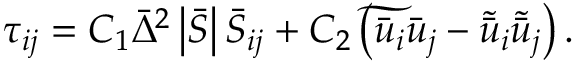
{ \tau _ { i j } } = { C _ { 1 } } { \bar { \Delta } ^ { 2 } } \left| { \bar { S } } \right| { \bar { S } _ { i j } } + { C _ { 2 } } \left( { \widetilde { { { \bar { u } } _ { i } } { { \bar { u } } _ { j } } } - { { \tilde { \bar { u } } } _ { i } } { { \tilde { \bar { u } } _ { j } } } } \right) .